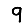
Digit: 9